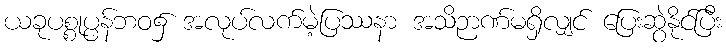
ယခုပစ္စုပ္ပန်ဘဝ၌ အလုပ်လက်မဲ့ပြဿနာ အသိဉာဏ်မရှိလျှင် ပြေးဆွဲနိုင်ပြီး